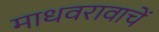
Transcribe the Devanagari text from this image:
माधवरावाचें